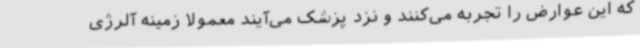
که این عوارض را تجربه می‌کنند و نزد پزشک می‌آیند معمولا زمینه آلرژی